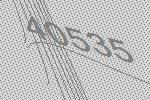
40535